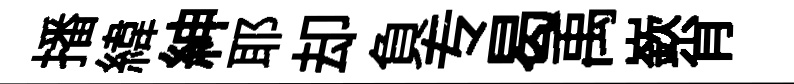
播緯紳耶却負专曷禹嶔肖